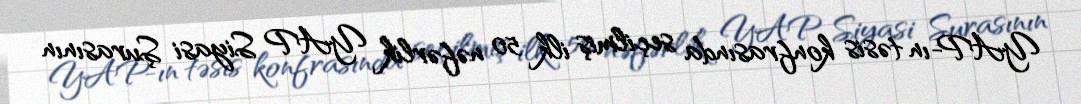
YAP-ın təsis konfrasında seçilmiş ilk 50 nəfərlik YAP Siyasi Şurasının